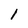
Character: 1